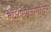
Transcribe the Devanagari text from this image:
बांधण्याअगोदर